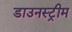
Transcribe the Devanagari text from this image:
डाउनस्‍ट्रीम